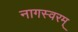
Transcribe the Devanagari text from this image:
नागस्वरम्‌